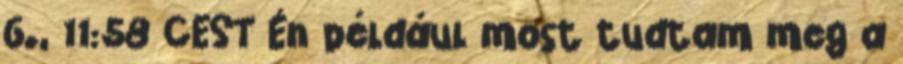
6., 11:58 CEST Én például most tudtam meg a